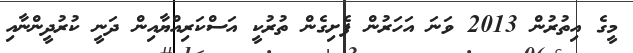
މީގެ އިތުރުން 2013 ވަނަ އަހަރުން ފެށިގެން ތުރުކީ އަސްކަރިއްޔާއިން ދަނީ ކުރުދީންނާއި